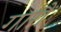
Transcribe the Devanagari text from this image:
गागैं